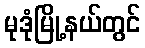
မုဒုံမြို့နယ်တွင်